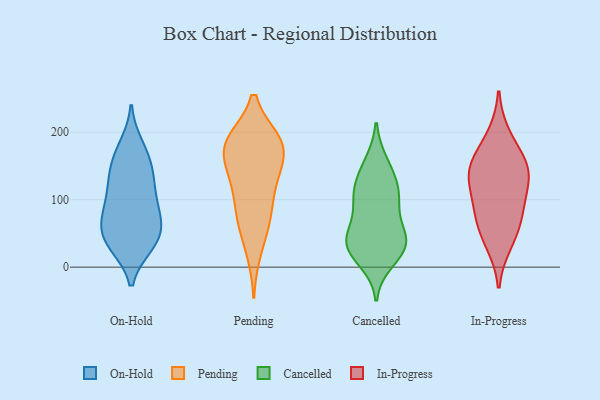
{"axis": {"x": "Operating Costs (USD K)", "y": "Value"}, "legend": ["Cancelled", "In-Progress", "On-Hold", "Pending"], "data": [{"x": "", "y": 154, "type": "On-Hold"}, {"x": "", "y": 123, "type": "On-Hold"}, {"x": "", "y": 172, "type": "On-Hold"}, {"x": "", "y": 117, "type": "On-Hold"}, {"x": "", "y": 36, "type": "On-Hold"}, {"x": "", "y": 33, "type": "On-Hold"}, {"x": "", "y": 66, "type": "On-Hold"}, {"x": "", "y": 63, "type": "On-Hold"}, {"x": "", "y": 86, "type": "On-Hold"}, {"x": "", "y": 53, "type": "On-Hold"}, {"x": "", "y": 146, "type": "On-Hold"}, {"x": "", "y": 180, "type": "On-Hold"}, {"x": "", "y": 82, "type": "On-Hold"}, {"x": "", "y": 38, "type": "On-Hold"}, {"x": "", "y": 33, "type": "On-Hold"}, {"x": "", "y": 128, "type": "On-Hold"}, {"x": "", "y": 86, "type": "On-Hold"}, {"x": "", "y": 118, "type": "Pending"}, {"x": "", "y": 185, "type": "Pending"}, {"x": "", "y": 187, "type": "Pending"}, {"x": "", "y": 23, "type": "Pending"}, {"x": "", "y": 186, "type": "Pending"}, {"x": "", "y": 75, "type": "Pending"}, {"x": "", "y": 67, "type": "Pending"}, {"x": "", "y": 187, "type": "Pending"}, {"x": "", "y": 183, "type": "Pending"}, {"x": "", "y": 75, "type": "Pending"}, {"x": "", "y": 125, "type": "Pending"}, {"x": "", "y": 159, "type": "Pending"}, {"x": "", "y": 133, "type": "Pending"}, {"x": "", "y": 164, "type": "Pending"}, {"x": "", "y": 44, "type": "Cancelled"}, {"x": "", "y": 38, "type": "Cancelled"}, {"x": "", "y": 32, "type": "Cancelled"}, {"x": "", "y": 98, "type": "Cancelled"}, {"x": "", "y": 108, "type": "Cancelled"}, {"x": "", "y": 33, "type": "Cancelled"}, {"x": "", "y": 73, "type": "Cancelled"}, {"x": "", "y": 115, "type": "Cancelled"}, {"x": "", "y": 10, "type": "Cancelled"}, {"x": "", "y": 41, "type": "Cancelled"}, {"x": "", "y": 154, "type": "Cancelled"}, {"x": "", "y": 145, "type": "Cancelled"}, {"x": "", "y": 111, "type": "Cancelled"}, {"x": "", "y": 27, "type": "Cancelled"}, {"x": "", "y": 56, "type": "In-Progress"}, {"x": "", "y": 36, "type": "In-Progress"}, {"x": "", "y": 137, "type": "In-Progress"}, {"x": "", "y": 88, "type": "In-Progress"}, {"x": "", "y": 194, "type": "In-Progress"}, {"x": "", "y": 157, "type": "In-Progress"}, {"x": "", "y": 78, "type": "In-Progress"}, {"x": "", "y": 143, "type": "In-Progress"}, {"x": "", "y": 147, "type": "In-Progress"}, {"x": "", "y": 114, "type": "In-Progress"}]}